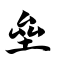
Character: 垒